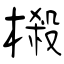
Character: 榝